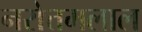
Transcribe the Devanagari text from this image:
नरोत्तमलाल